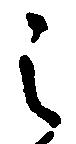
之